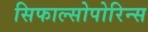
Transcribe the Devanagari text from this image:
सिफाल्सोपोरिन्स